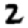
Digit: 2